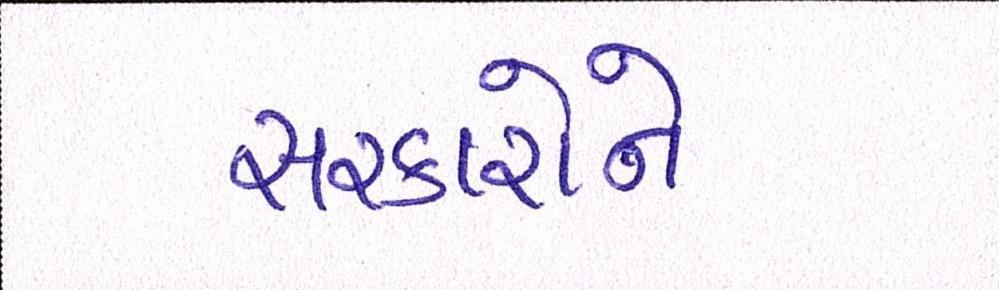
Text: સરકારોને